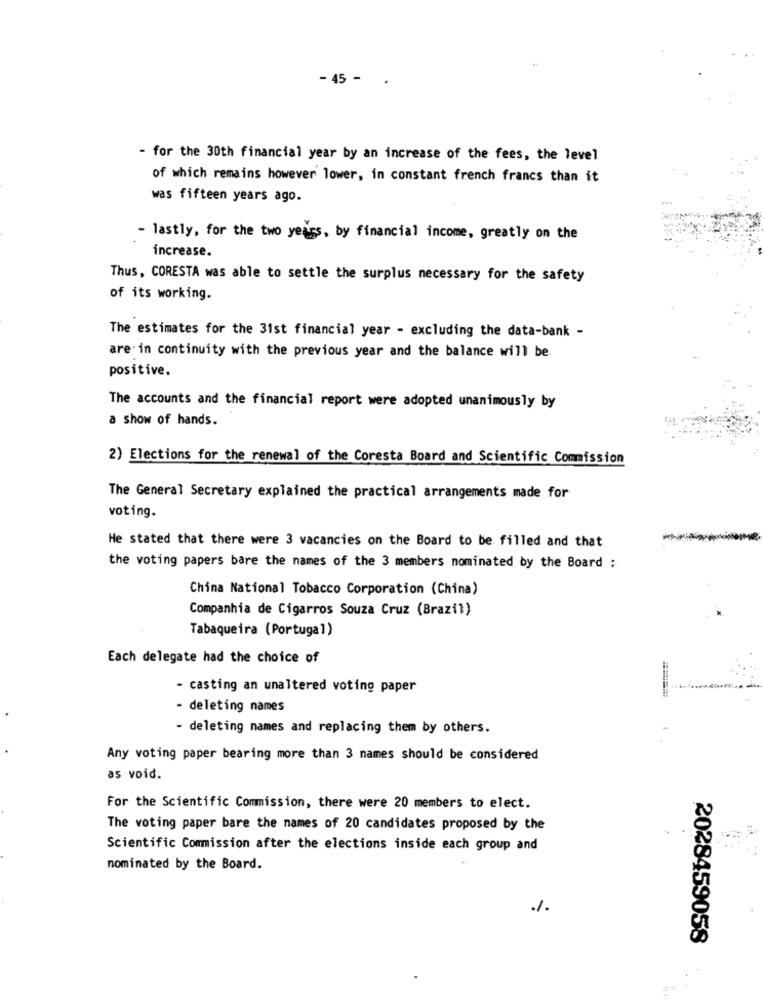
- 45 -
- for the 30th financial year by an increase of the fees, the level
of which remains however lower, in constant french francs than it
was fifteen years ago.
- lastly, for the two years, by financial income, greatly on the
increase.
Thus, CORESTA was able to settle the surplus necessary for the safety
of its working.
The estimates for the 31st financial year - excluding the data-bank -
are in continuity with the previous year and the balance will be
positive.
The accounts and the financial report were adopted unanimously by
a show of hands.
2) Elections for the renewal of the Coresta Board and Scientific Commission
The General Secretary explained the practical arrangements made for
voting.
He stated that there were 3 vacancies on the Board to be filled and that
the voting papers bare the names of the 3 members nominated by the Board :
China National Tobacco Corporation (China)
Companhia de Cigarros Souza Cruz (Brazil)
Tabaqueira (Portugal)
Each delegate had the choice of
- casting an unaltered voting paper
- deleting names
- deleting names and replacing them by others.
Any voting paper bearing more than 3 names should be considered
as void.
For the Scientific Commission, there were 20 members to elect.
The voting paper bare the names of 20 candidates proposed by the
Scientific Commission after the elections inside each group and
nominated by the Board.
-
2028459058